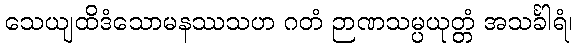
သေယျထိဒံသောမနဿသဟ ဂတံ ဉာဏသမ္ပယုတ္တံ အသင်္ခါရံ၊